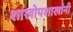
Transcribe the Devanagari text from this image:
शाखोपशाखांनी